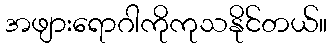
အဖျားရောဂါကိုကုသနိုင်တယ်။